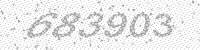
Solution: 683903